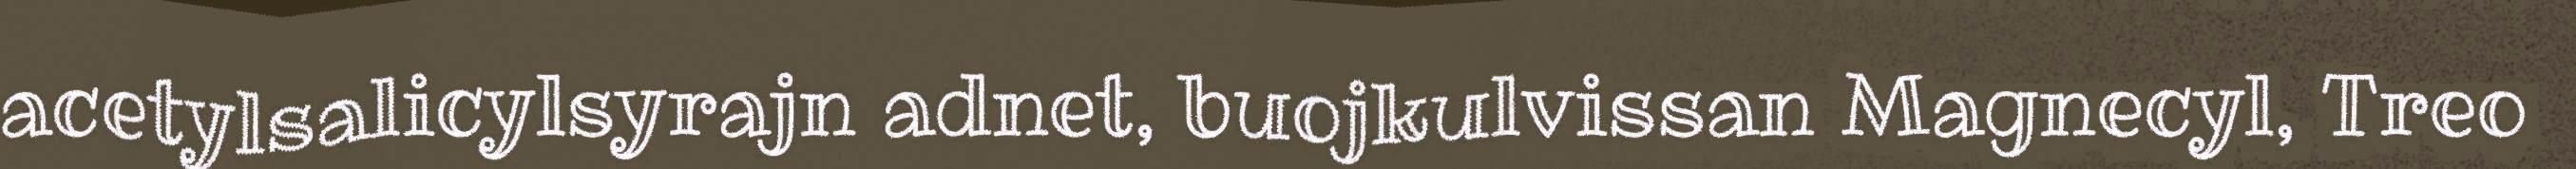
acetylsalicylsyrajn adnet, buojkulvissan Magnecyl, Treo